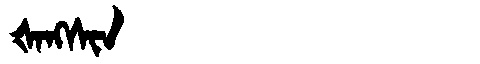
Manchu: ᡧᠠᠩᠰᡳᠨ
Romanization: ŠANGSIN